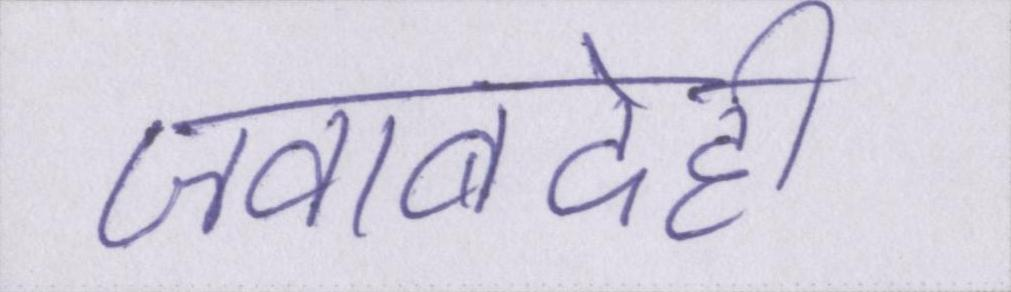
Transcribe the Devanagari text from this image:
जवाबदेही